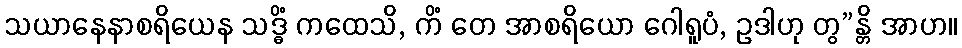
သယာနေနာစရိယေန သဒ္ဓိံ ကထေသိ, ကိံ တေ အာစရိယော ဂေါရူပံ, ဥဒါဟု တွ”န္တိ အာဟ။